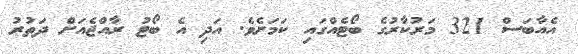
އެއާބަސް 321 މަރުކާރުގެ ބޯޓެއްގައި ކަމަށެވެ. އަދި އެ ބޯޓު ރާއްޖެއަށް ދަތުރު